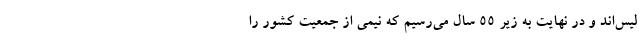
لیس‌اند و در نهایت به زیر 55 سال می‌رسیم که نیمی از جمعیت کشور را